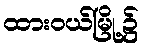
ထားဝယ်မြို့၌